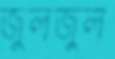
জুলজুল